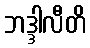
ဘဒ္ဒါလီတိ